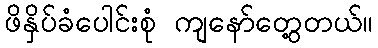
ဖိနှိပ်ခံပေါင်းစုံ ကျနော်တွေ့တယ်။